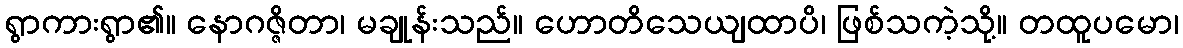
ရွာကားရွာ၏။ နောဂဇ္ဇိတာ၊ မချုန်းသည်။ ဟောတိသေယျထာပိ၊ ဖြစ်သကဲ့သို့။ တထူပမော၊